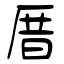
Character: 厝